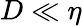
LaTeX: D\ll\eta